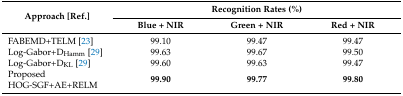
| <ROWSPAN=2> Approach [Ref.] | <COLSPAN=3> Recognition Rates (%) |
 | Blue + NIR | Green + NIR | Red + NIR |
 | --- | --- | --- | --- |
 | FABEMD+TELM [23] | 99.10 | 99.47 | 99.47 |
 | Log-Gabor+DHamm [29] | 99.63 | 99.67 | 99.50 |
 | Log-Gabor+DKL [29] | 99.60 | 99.63 | 99.47 |
 | Proposed HOG-SGF+AE+RELM | 99.90 | 99.77 | 99.80 |